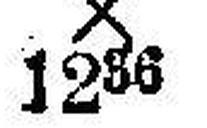
X 1236